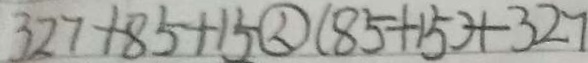
3 2 7 + 8 5 + 1 5 \textcircled { < } ( 8 5 + 1 5 ) + 3 2 7